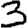
Digit: 3